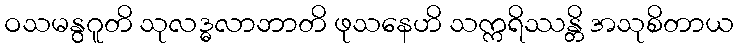
ဝသမနွဂူတိ သုလဒ္ဓလာဘာတိ ဖုသနေဟိ သက္ကရိဿန္တိ အသုစိတာယ